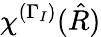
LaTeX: \chi^{(\Gamma_{I})}(\hat{R})